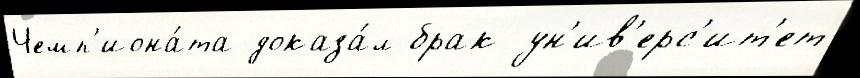
Чемп'иона́та доказа́л брак ун'ив'ерс'ит'ет